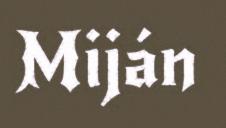
Miján